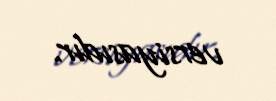
versiyasıdır.